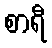
စာရီ